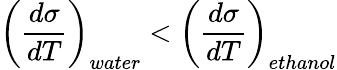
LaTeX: \left(\frac{d\sigma}{dT}\right)_{water}<\left(\frac{d\sigma}{dT}\right)_{ethanol}